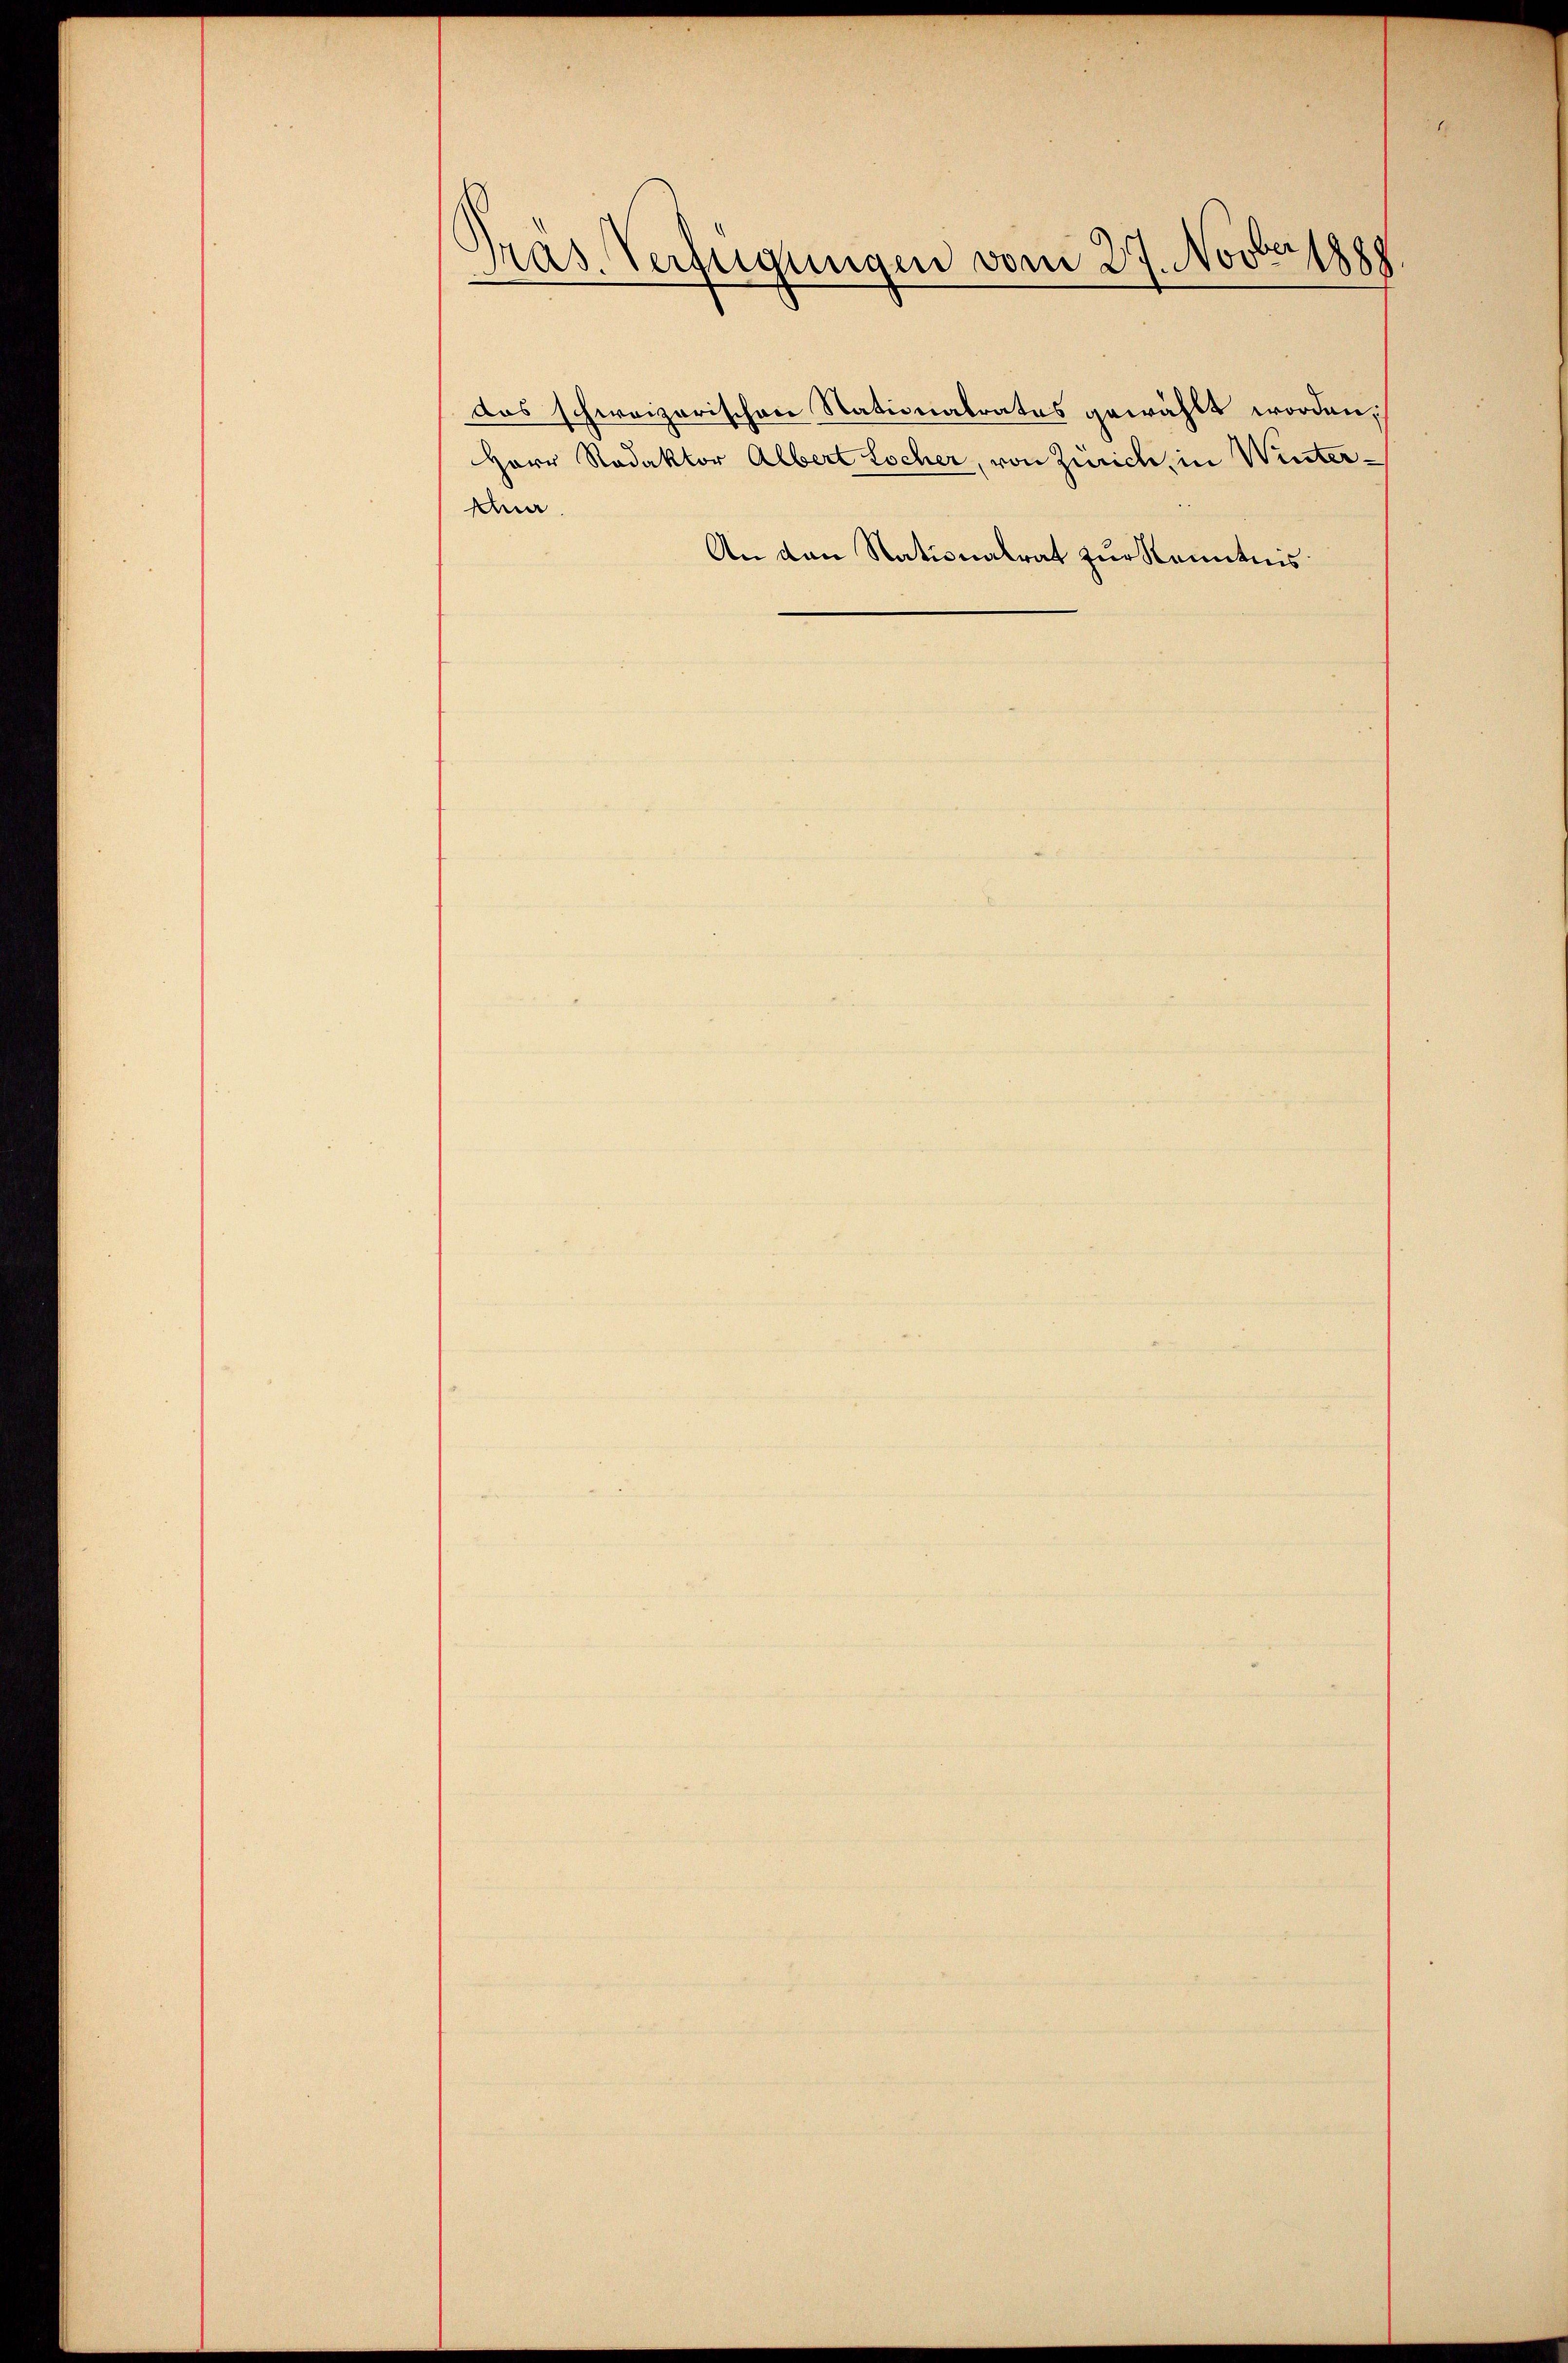
Pras. Verfügungen vom 27. Novber 1888

Herr Redaktor Albert Locher, von Zürich, in Winter¬
Aha
An den Nationalrat zur Kenntnis

das schweizerischen Stationalratus gewählt worden,